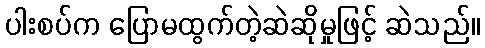
ပါးစပ်က ပြောမထွက်တဲ့ဆဲဆိုမှုဖြင့် ဆဲသည်။